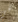
في